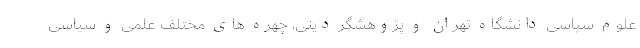
علوم سیاسی دانشگاه تهران و پژوهشگر دینی، چهره های مختلف علمی و سیاسی